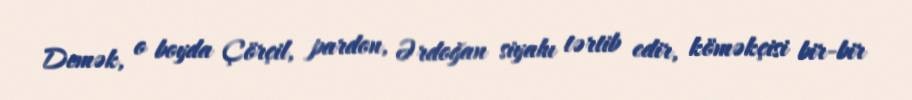
Demək, o boyda Çörçil, pardon, Ərdoğan siyahı tərtib edir, köməkçisi bir-bir